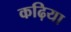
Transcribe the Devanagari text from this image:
कढ़िया